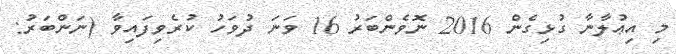
މި އިޢުލާނާ ގުޅިގެން 2016 ނޮވެންބަރު 16 ވަނަ ދުވަހު ކުރެވިފައިވާ (ނަންބަރު: